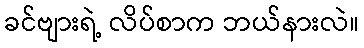
ခင်ဗျားရဲ့ လိပ်စာက ဘယ်နားလဲ။